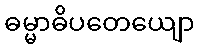
ဓမ္မာဓိပတေယျော